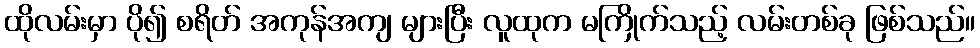
ထိုလမ်းမှာ ပို၍ စရိတ် အကုန်အကျ များပြီး လူထုက မကြိုက်သည့် လမ်းတစ်ခု ဖြစ်သည်။